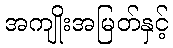
အကျိုးအမြတ်နှင့်